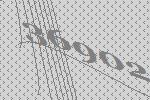
36902